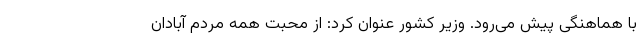
با هماهنگی پیش می‌رود. وزیر کشور عنوان کرد: از محبت همه مردم آبادان